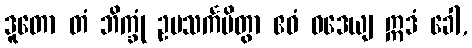
ဒူတော တံ ဘိက္ခုံ ဥပသင်္ကမိတွာ ဧဝံ ဝဒေယျ ဣဒံ ခေါ,